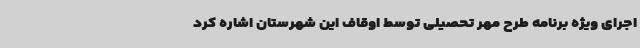
اجرای ویژه برنامه طرح مهر تحصیلی توسط اوقاف این شهرستان اشاره کرد